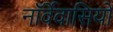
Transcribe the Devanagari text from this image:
नॉर्वेवासियों